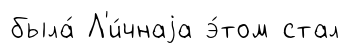
была́ Л'и́чнаjа э́том стал